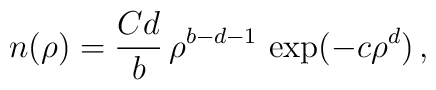
n(\rho) = \frac{C d}{b} \, \rho^{b-d-1} \, \exp (- c \rho^{d}) \,,